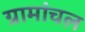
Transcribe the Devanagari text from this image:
ग्रामांचल